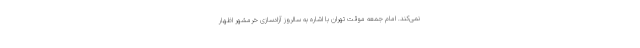
نمی‌کند. امام جمعه موقت تهران با اشاره به سالروز آزادسازی خرمشهر اظهار